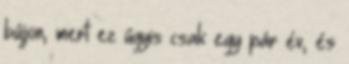
bújjon, mert ez úgyis csak egy pár év, és